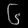
Digit: ၆